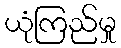
ယုံကြည်မှု